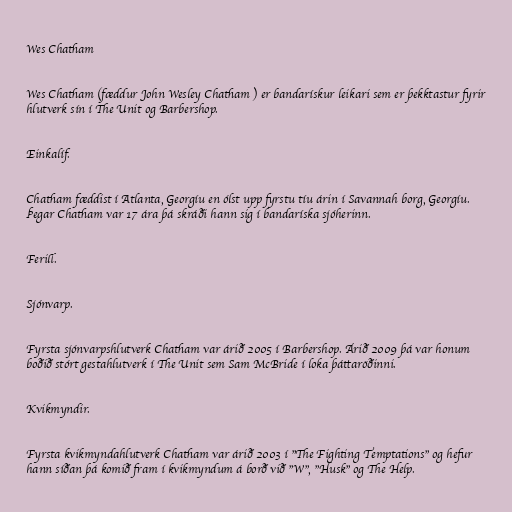
Wes Chatham

Wes Chatham (fæddur John Wesley Chatham ) er bandarískur leikari sem er þekktastur fyrir
hlutverk sín í The Unit og Barbershop.

Einkalíf.

Chatham fæddist í Atlanta, Georgíu en ólst upp fyrstu tíu árin í Savannah borg, Georgíu.
Þegar Chatham var 17 ára þá skráði hann sig í bandaríska sjóherinn.

Ferill.

Sjónvarp.

Fyrsta sjónvarpshlutverk Chatham var árið 2005 í Barbershop. Árið 2009 þá var honum
boðið stórt gestahlutverk í The Unit sem Sam McBride í loka þáttaröðinni.

Kvikmyndir.

Fyrsta kvikmyndahlutverk Chatham var árið 2003 í "The Fighting Temptations" og hefur
hann síðan þá komið fram í kvikmyndum á borð við "W", "Husk" og The Help.